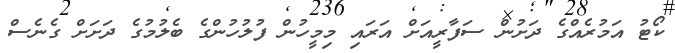
ކޯޓު އަމުރެއްގެ ދަށުން ސަފާރީއަށް އަރައި މިމީހުން ފުލުހުންގެ ބެލުމުގެ ދަށަށް ގެނެސް